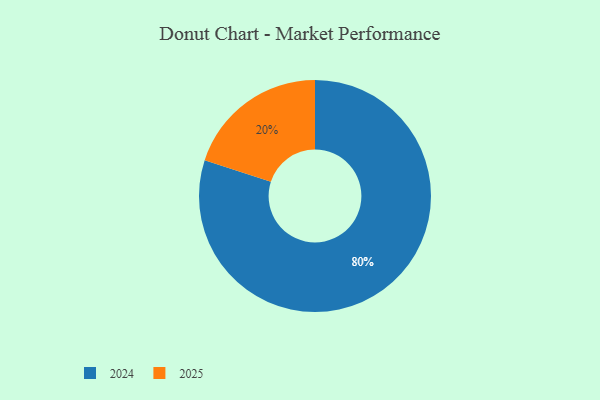
{"axis": {"x": "Category", "y": "Percentage"}, "legend": ["2024", "2025"], "data": [{"x": "2024", "y": 80, "type": "2024"}, {"x": "2025", "y": 20, "type": "2025"}]}